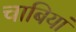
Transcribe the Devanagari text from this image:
चाबियां